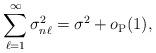
LaTeX: \begin{align*}\sum_{\ell=1}^\infty \sigma^2_{n\ell}=\sigma^2+o_{\rm P}(1),\end{align*}